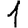
Digit: 1